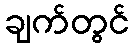
ချက်တွင်